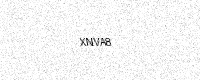
Text: XNVA8